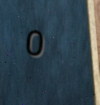
0